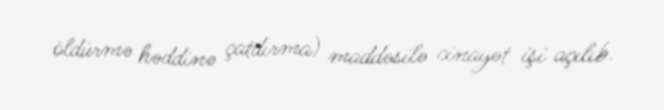
öldürmə həddinə çatdırma) maddəsilə cinayət işi açılıb.